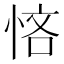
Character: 悋